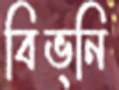
বিভ্নি